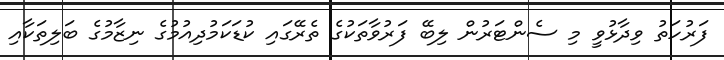
ފަރުހަތު ވިދާޅުވީ މި ސެންޓަރުން ލިބޭ ފަރުވާތަކުގެ ތެރޭގައި ކުޑަކަމުދިއުމުގެ ނިޒާމުގެ ބަލިތަކާއި